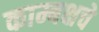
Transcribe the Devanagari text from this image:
काम्बक्षचे